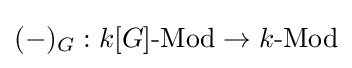
(-)_{G}:k[G]{\text{-Mod}}\to k{\text{-Mod}}